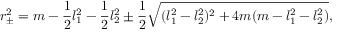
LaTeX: r _ { \pm } ^ { 2 } = m - { \frac { 1 } { 2 } } l _ { 1 } ^ { 2 } - { \frac { 1 } { 2 } } l _ { 2 } ^ { 2 } \pm { \frac { 1 } { 2 } } \sqrt { ( l _ { 1 } ^ { 2 } - l _ { 2 } ^ { 2 } ) ^ { 2 } + 4 m ( m - l _ { 1 } ^ { 2 } - l _ { 2 } ^ { 2 } ) } ,